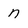
Character: n